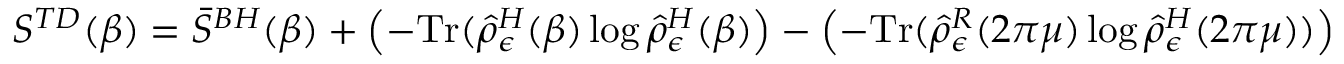
S ^ { T D } ( \beta ) = \bar { S } ^ { B H } ( \beta ) + \left( - \mathrm { T r } ( \hat { \rho } _ { \epsilon } ^ { H } ( \beta ) \log \hat { \rho } _ { \epsilon } ^ { H } ( \beta ) \right) - \left( - \mathrm { T r } ( \hat { \rho } _ { \epsilon } ^ { R } ( 2 \pi \mu ) \log \hat { \rho } _ { \epsilon } ^ { H } ( 2 \pi \mu ) ) \right) ~ ~ ~